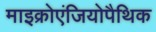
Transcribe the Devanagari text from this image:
माइक्रोएंजियोपैथिक